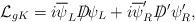
LaTeX: \begin{align*}{\cal L}_{gK} = i \overline{\psi}_L D\!\!\!\!/ \psi_L + i\overline{\psi}'_R D\!\!\!\!/\,' \psi'_R,\end{align*}